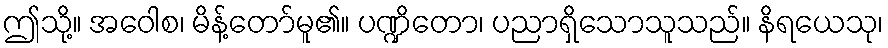
ဤသို့။ အဝေါစ၊ မိန့်တော်မူ၏။ ပဏ္ဍိတော၊ ပညာရှိသောသူသည်။ နိရယေသု၊